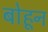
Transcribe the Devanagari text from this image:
बोहून